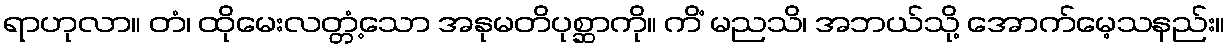
ရာဟုလာ။ တံ၊ ထိုမေးလတ္တံ့သော အနုမတိပုစ္ဆာကို။ ကိံ မညသိ၊ အဘယ်သို့ အောက်မေ့သနည်း။